Vabadussoja_Ajaloo_Komitee, lk 53
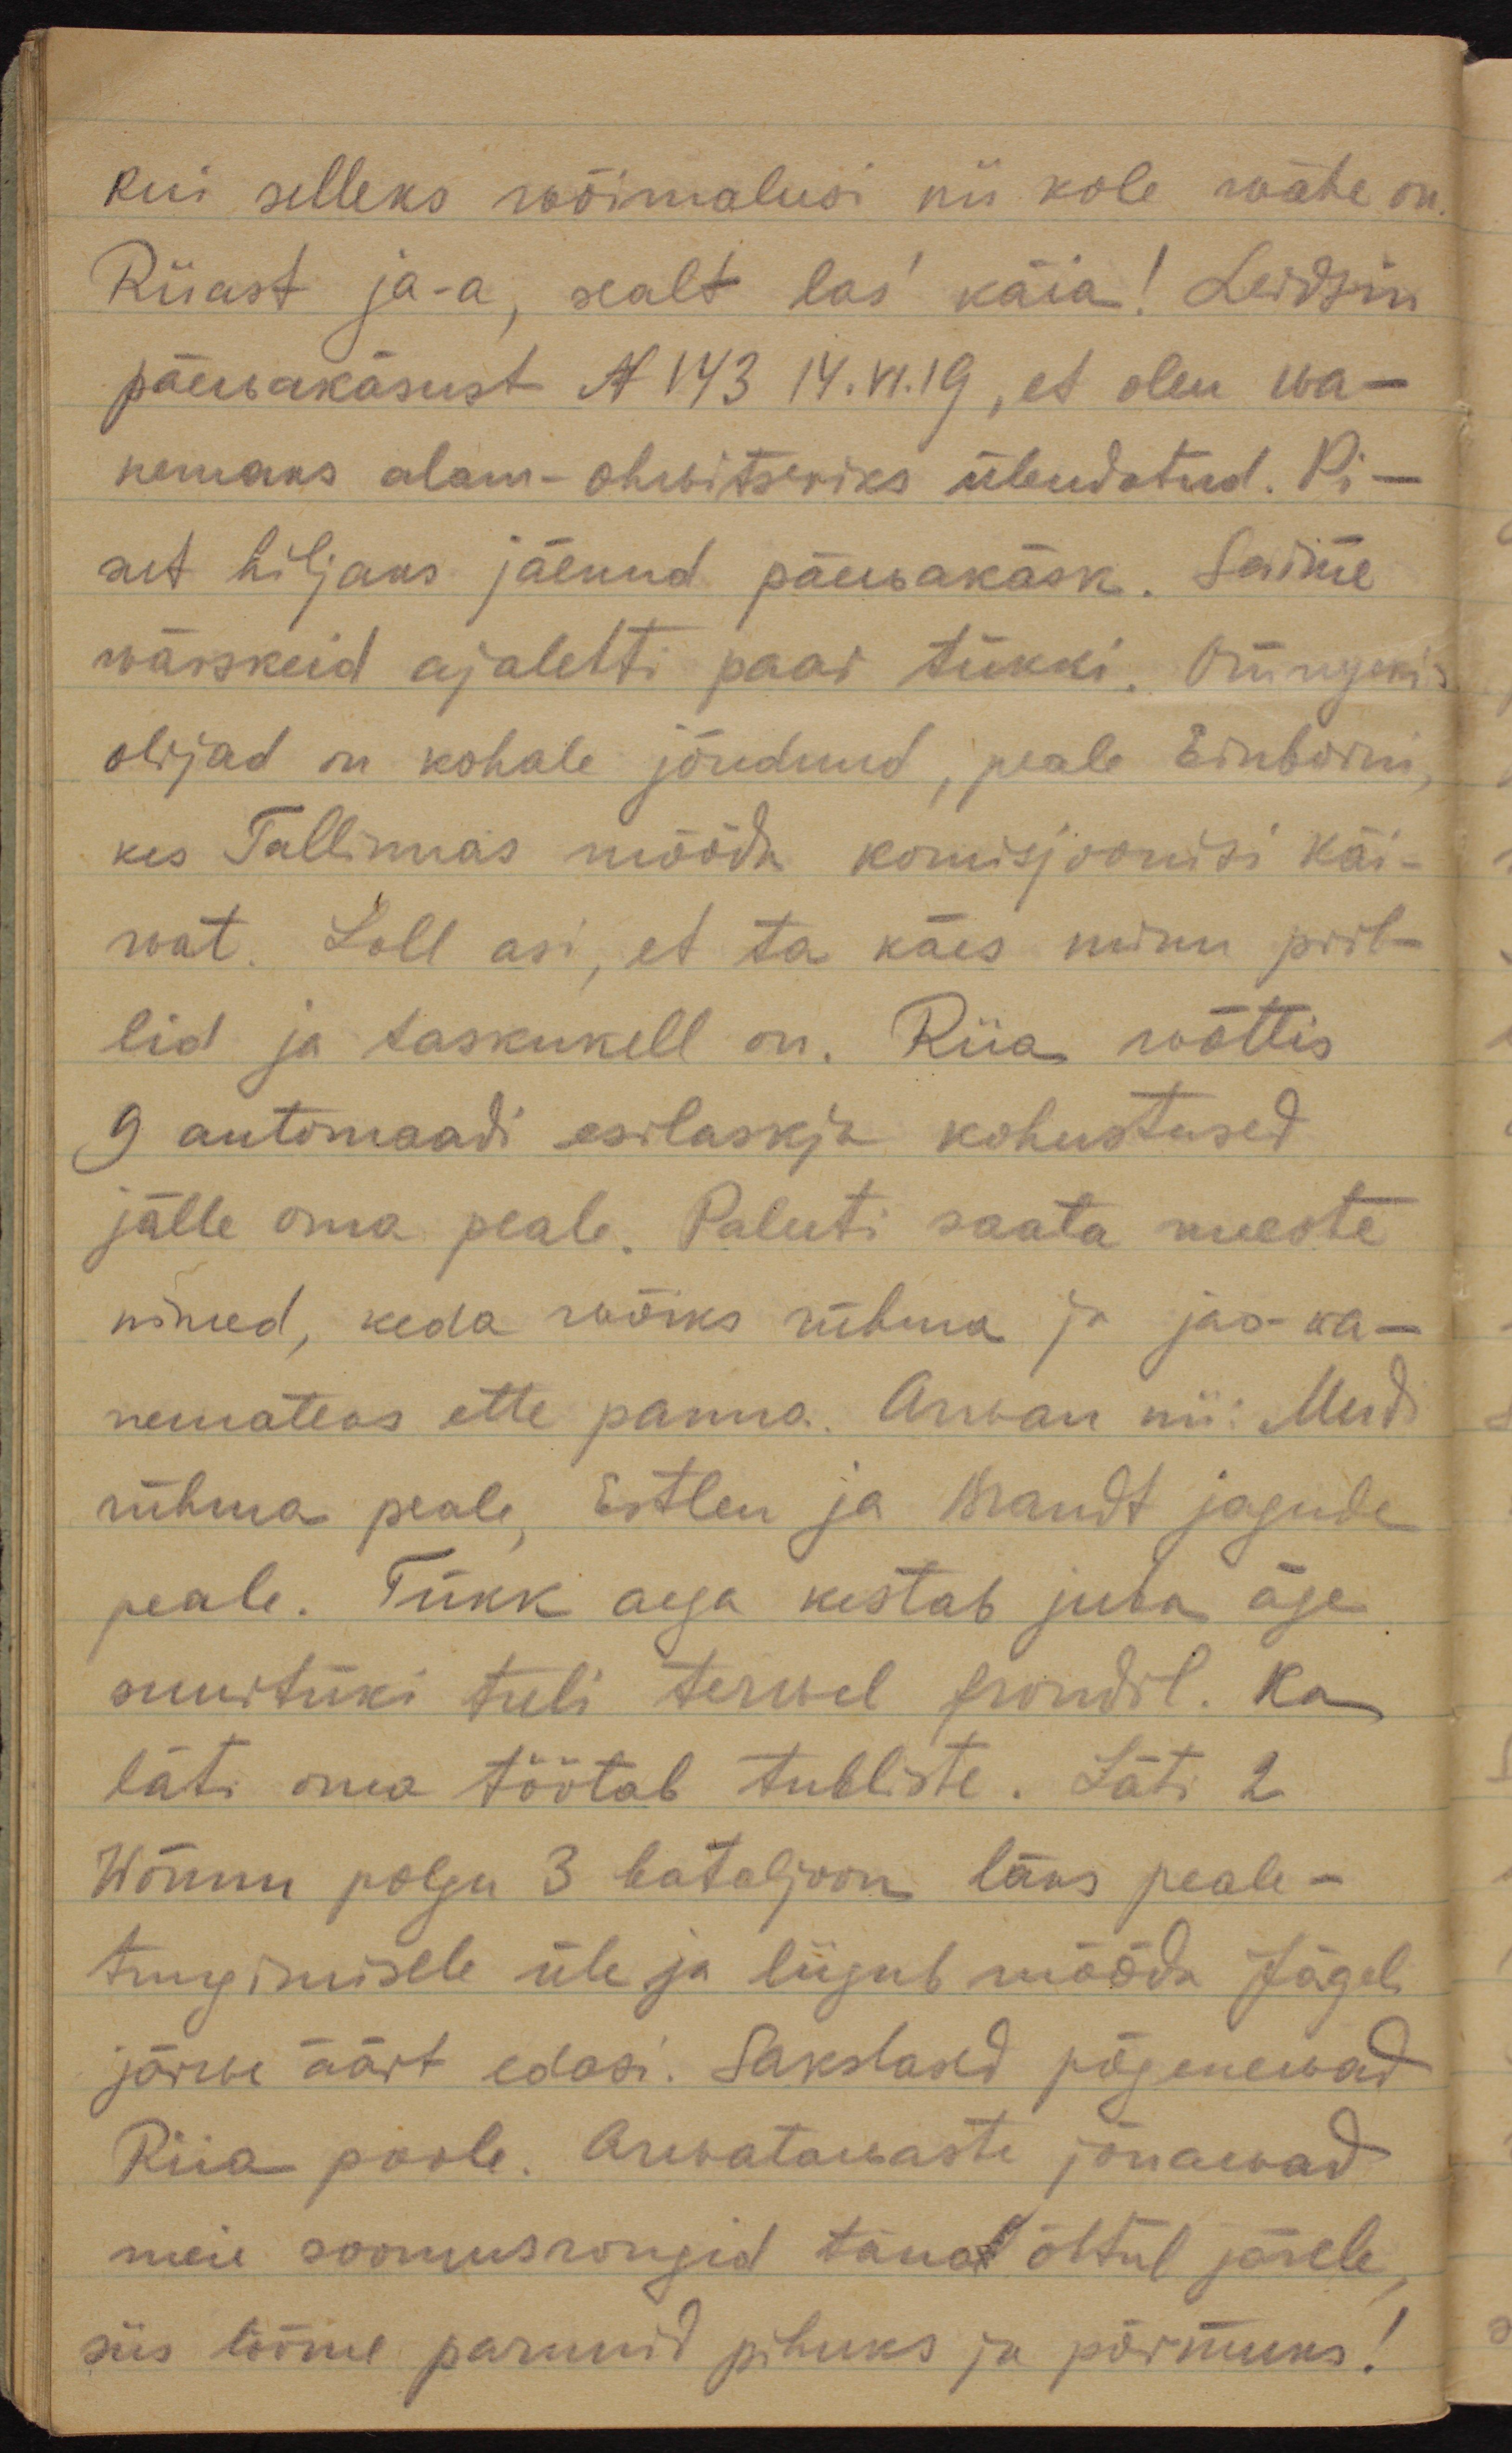
kui selleks wõimalusi nii kole wähe on.
Riiast ja-a, sealt las´ käia! Leidsin
päewakäsust N 143 14.VI.19, et olen wa-
nemaks alam-ohwitseriks ülendatud. Pi-
sut hiljaks jäenud päewakäsk. Saime
wärskeid ajalehti paar tükki. Отпуск´is
olijad on kohale jõudnud; peale Einborni, 
kes Tallinnas mööda komisjoonisi käi-
wat. Loll asi, et ta käes minu pril-
lid ja taskukell on. Riia wõttis
9 automaadi esilaskja kohustused
jälle oma peale. Paluti saata meeste
nimed, keda wõiks rühma ja jao-wa-
nemateks ette panna. Arwan nii: Mudi
rühma peale, Estlen ja Brandt jagude
peale. Tükk aega kestab juba äge
suurtüki tuli terwel frondil. Ka
läti oma töötab tubliste. Läti 2
Wõnnu polgu 3 bataljoon läks peale-
tungimisele üle ja liigub mööda Jägeli
järwe äärt edasi. Sakslased põgenewad
Riia poole. Arwatawaste jõuawad
meie soomusrongid täna õhtul järele, 
siis lööme parunid pihuks ja põrmuks!